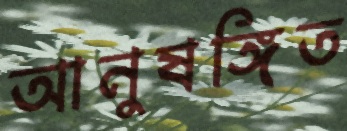
আনুষঙ্গিত